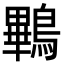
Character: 鷝